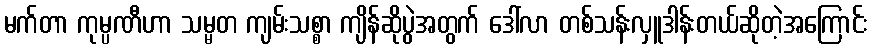
မက်တာ ကုမ္ပဏီဟာ သမ္မတ ကျမ်းသစ္စာ ကျိန်ဆိုပွဲအတွက် ဒေါ်လာ တစ်သန်းလှူဒါန်းတယ်ဆိုတဲ့အကြောင်း